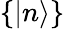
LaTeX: \{ |n\rangle\}